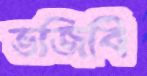
ভজিবি